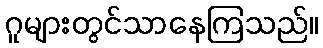
ဂူများတွင်သာနေကြသည်။